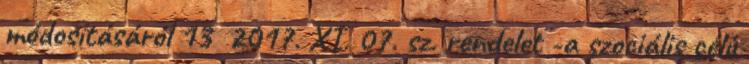
módosításáról 13 2017. XI. 07. sz. rendelet -a szociális célú